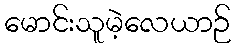
မောင်းသူမဲ့လေယာဉ်